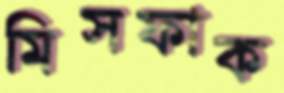
মিসফাক